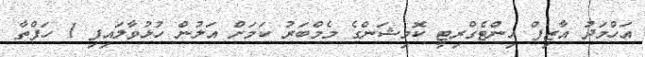
އަހްމަދު އާޒިފް އިންޓެގްރިޓީ ކޮމިޝަންގެ މެމްބަރު ކަމަށް އަލުން ހުޅުވާލައިފި 1 ހަފްތާ